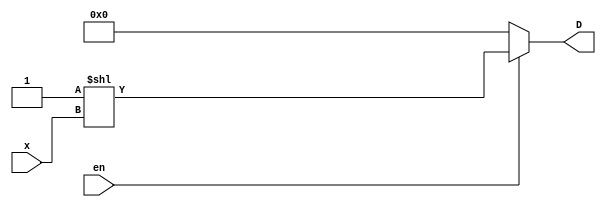
`timescale 1ns / 1ps
module Decoder(x, D,	en);
	input[2:0]		x;
	input				en;
	output[7:0]		D;
	
	assign D = (en) ? 1'b1 << x : 8'h00;
endmodule